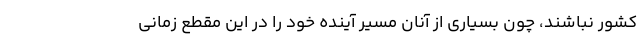
کشور نباشند، چون بسیاری از آنان مسیر آینده خود را در این مقطع زمانی